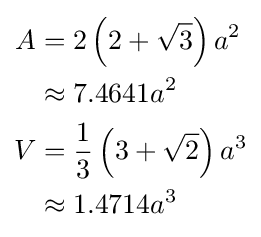
{\begin{aligned}A&=2\left(2+{\sqrt {3}}\right)a^{2}\\&\approx 7.4641a^{2}\\V&={\frac {1}{3}}\left(3+{\sqrt {2}}\right)a^{3}\\&\approx 1.4714a^{3}\end{aligned}}